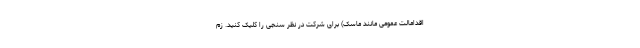
اقدامالت عمومی مانند ماسک) برای شرکت در نظر سنجی را کلیک کنید. زم